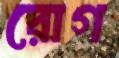
রোগ